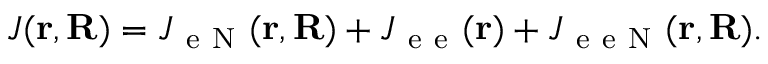
J ( \mathbf { r } , \mathbf { R } ) = J _ { \mathrm { ~ e ~ N ~ } } ( \mathbf { r } , \mathbf { R } ) + J _ { \mathrm { ~ e ~ e ~ } } ( \mathbf { r } ) + J _ { \mathrm { ~ e ~ e ~ N ~ } } ( \mathbf { r } , \mathbf { R } ) .